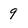
Character: 9